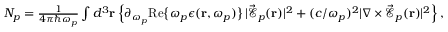
\begin{array} { r } { N _ { p } = \frac { 1 } { 4 \pi \hbar \omega _ { p } } \int d ^ { 3 } { \bf r } \left\{ \partial _ { \omega _ { p } } \mathrm { R e } \big \{ \omega _ { p } \epsilon ( { \bf r } , \omega _ { p } ) \big \} \, | \vec { \mathcal { E } } _ { p } ( { \bf r } ) | ^ { 2 } + ( c / \omega _ { p } ) ^ { 2 } | \nabla \times \vec { \mathcal { E } } _ { p } ( { \bf r } ) | ^ { 2 } \right\} , } \end{array}